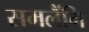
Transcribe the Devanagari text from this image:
समलैंगि